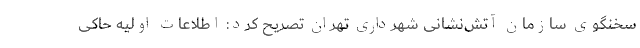
سخنگوی سازمان آتش‌نشانی شهرداری تهران تصریح کرد: اطلاعات اولیه حاکی